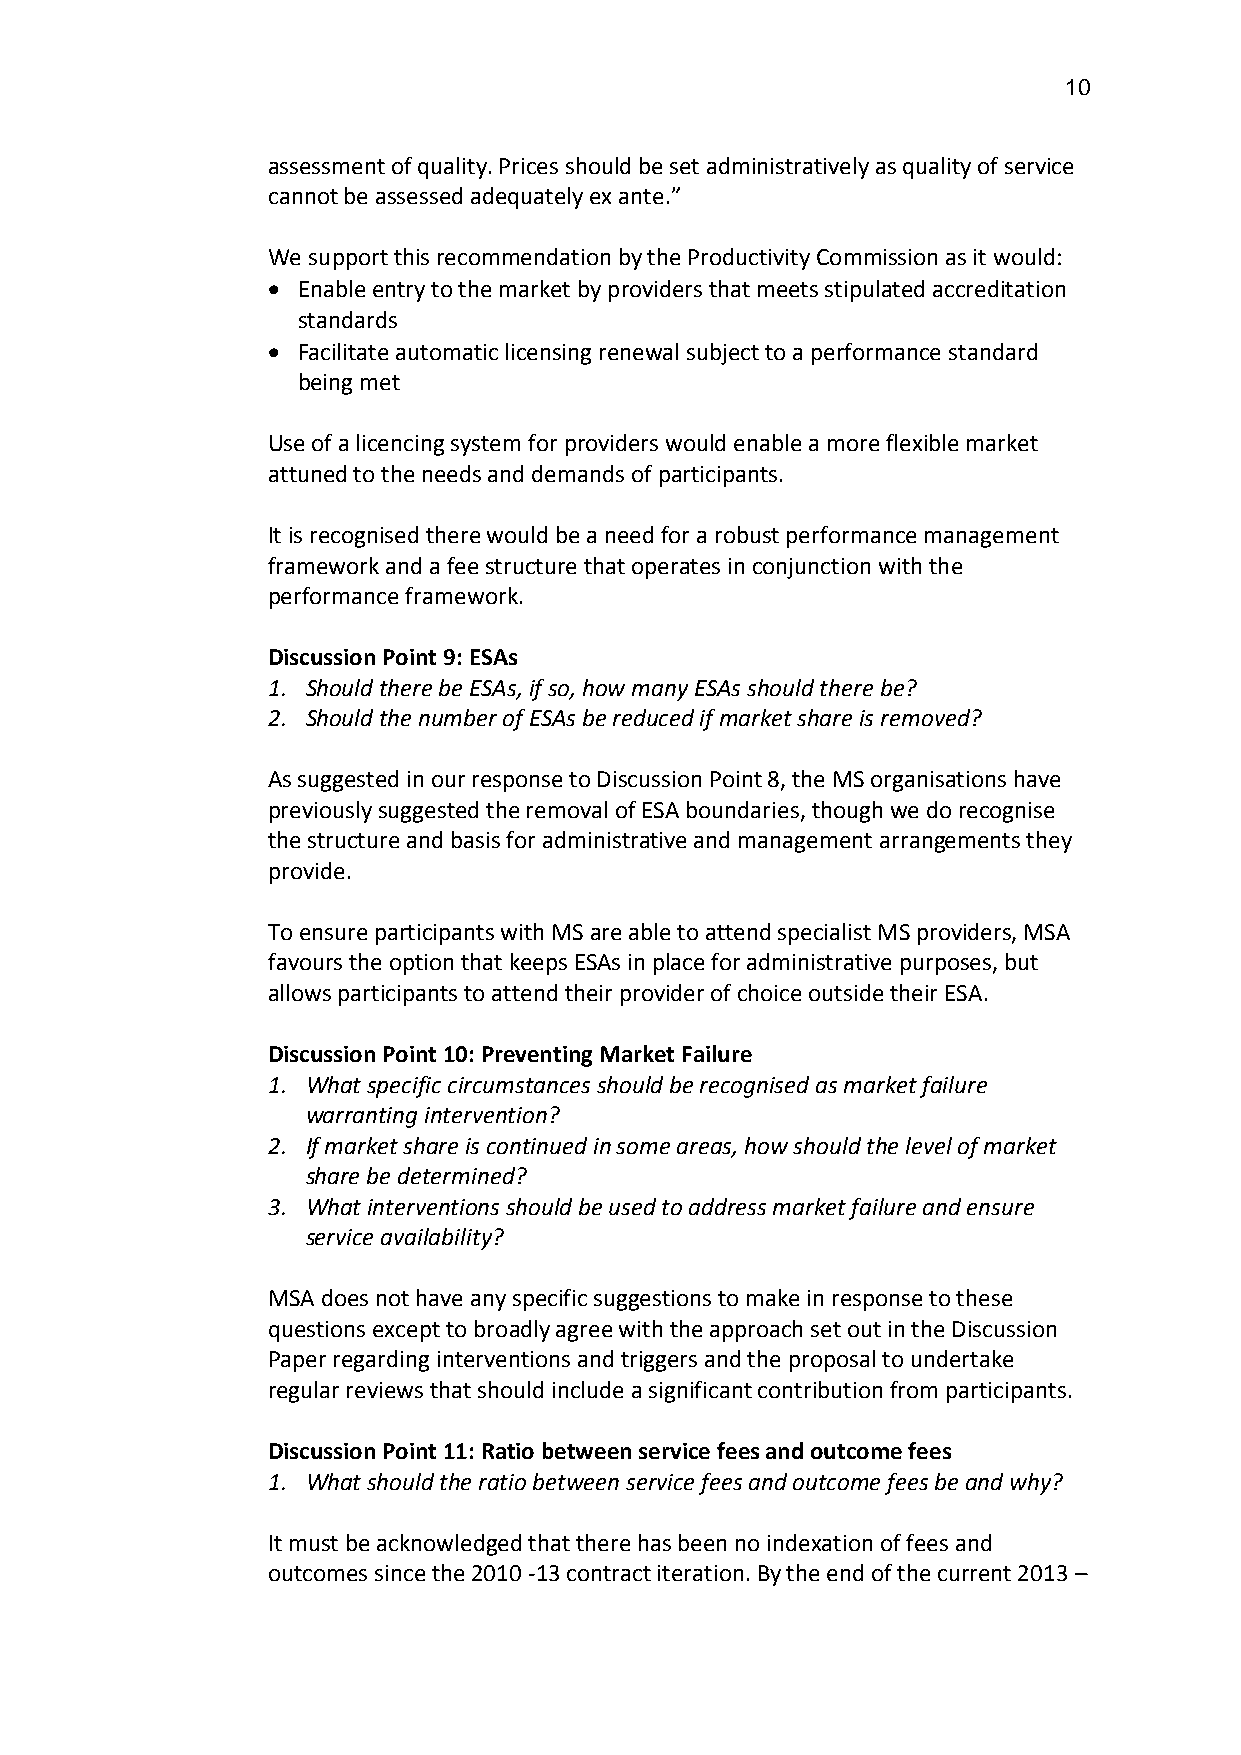
10
 assessment of quality. Prices should be set administratively as quality of service
 cannot be assessed adequately ex ante.”
 We support this recommendation by the Productivity Commission as it would:
 • Enable entry to the market by providers that meets stipulated accreditation
 standards
 • Facilitate automatic licensing renewal subject to a performance standard
 being met
 Use of a licencing system for providers would enable a more flexible market
 attuned to the needs and demands of participants.
 It is recognised there would be a need for a robust performance management
 framework and a fee structure that operates in conjunction with the
 performance framework.
 Discussion Point 9: ESAs
 1. Should there be ESAs, if so, how many ESAs should there be?
 2. Should the number of ESAs be reduced if market share is removed?
 As suggested in our response to Discussion Point 8, the MS organisations have
 previously suggested the removal of ESA boundaries, though we do recognise
 the structure and basis for administrative and management arrangements they
 provide.
 To ensure participants with MS are able to attend specialist MS providers, MSA
 favours the option that keeps ESAs in place for administrative purposes, but
 allows participants to attend their provider of choice outside their ESA.
 Discussion Point 10: Preventing Market Failure
 1. What specific circumstances should be recognised as market failure
 warranting intervention?
 2. If market share is continued in some areas, how should the level of market
 share be determined?
 3. What interventions should be used to address market failure and ensure
 service availability?
 MSA does not have any specific suggestions to make in response to these
 questions except to broadly agree with the approach set out in the Discussion
 Paper regarding interventions and triggers and the proposal to undertake
 regular reviews that should include a significant contribution from participants.
 Discussion Point 11: Ratio between service fees and outcome fees
 1. What should the ratio between service fees and outcome fees be and why?
 It must be acknowledged that there has been no indexation of fees and
 outcomes since the 2010 -13 contract iteration. By the end of the current 2013 –